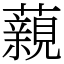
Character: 藽